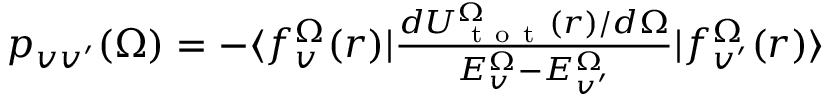
\begin{array} { r } { p _ { v v ^ { \prime } } ( \Omega ) = - \langle f _ { v } ^ { \Omega } ( r ) | \frac { d U _ { \mathrm { ~ t ~ o ~ t ~ } } ^ { \Omega } ( r ) / d \Omega } { E _ { v } ^ { \Omega } - E _ { v ^ { \prime } } ^ { \Omega } } | f _ { v ^ { \prime } } ^ { \Omega } ( r ) \rangle } \end{array}